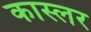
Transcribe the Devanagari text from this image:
कास्लर